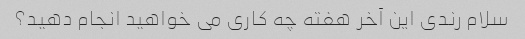
سلام رندی این آخر هفته چه کاری می خواهید انجام دهید؟